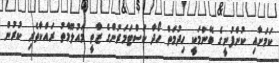
ކަމަށާއި ކުންފުނީގެ ބޭނުމަކީ ހިދުމަތް ހޯދާ ކަސްޓަމަރުންގެ ޒާތީ މައުލޫމާތު ރައްކާތެރި ކުރުން